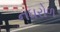
નઘરોળ